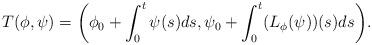
LaTeX: \begin{align*} T(\phi, \psi) = \biggl ( \phi_0 + \int_0^t \psi (s) ds, \psi_0 + \int_0^t (L_\phi (\psi))(s) ds \biggr ).\end{align*}